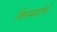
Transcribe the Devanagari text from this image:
किस्स्यांचे